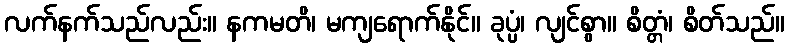
လက်နက်သည်လည်း။ နကမတိ၊ မကျရောက်နိုင်။ ခုပ္ပံ၊ လျင်စွာ။ စိတ္တံ၊ စိတ်သည်။